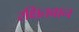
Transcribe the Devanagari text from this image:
रक्षितवान